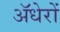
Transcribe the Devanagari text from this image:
ॲधेरों